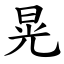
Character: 晃